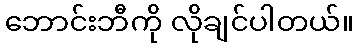
ဘောင်းဘီကို လိုချင်ပါတယ်။